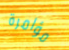
مؤامرة